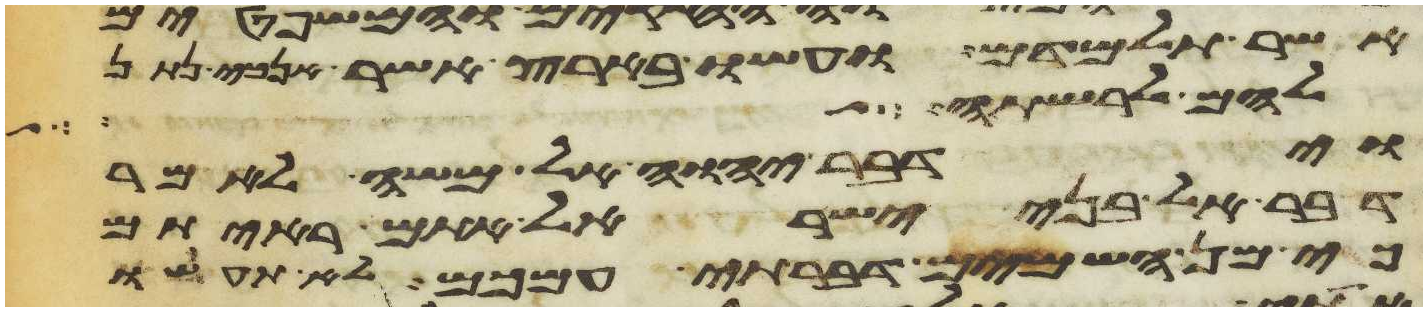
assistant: אשר תלמדם ועשו בארץ אשר אנכי נתן
להם לרשתה
וידבר יהוה אל משה לאמר
דבר אל בני ישראל אתם ראיתם
כי מן השמים דברתי עמכם לא תעשו